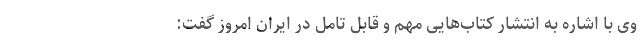
وی با اشاره به انتشارِ کتاب‌هایی مهم و قابل تامل در ایرانِ امروز گفت: